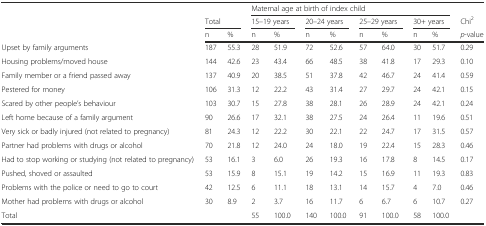
<table><thead><tr><td></td><td></td><td></td><td colspan="8"><b>Maternal age at birth of index child</b></td><td></td></tr><tr><td rowspan="2"></td><td colspan="2"><b>Total</b></td><td colspan="2"><b>15–19 years</b></td><td colspan="2"><b>20–24 years</b></td><td colspan="2"><b>25–29 years</b></td><td colspan="2"><b>30+ years</b></td><td><b>Chi<sup>2</sup></b></td></tr><tr><td><b>n</b></td><td><b>%</b></td><td><b>n</b></td><td><b>%</b></td><td><b>n</b></td><td><b>%</b></td><td><b>n</b></td><td><b>%</b></td><td><b>n</b></td><td><b>%</b></td><td><b><i>p</i>-value</b></td></tr></thead><tbody><tr><td>Upset by family arguments</td><td>187</td><td>55.3</td><td>28</td><td>51.9</td><td>72</td><td>52.6</td><td>57</td><td>64.0</td><td>30</td><td>51.7</td><td>0.29</td></tr><tr><td>Housing problems/moved house</td><td>144</td><td>42.6</td><td>23</td><td>43.4</td><td>66</td><td>48.5</td><td>38</td><td>41.8</td><td>17</td><td>29.3</td><td>0.10</td></tr><tr><td>Family member or a friend passed away</td><td>137</td><td>40.9</td><td>20</td><td>38.5</td><td>51</td><td>37.8</td><td>42</td><td>46.7</td><td>24</td><td>41.4</td><td>0.59</td></tr><tr><td>Pestered for money</td><td>106</td><td>31.3</td><td>12</td><td>22.2</td><td>43</td><td>31.4</td><td>27</td><td>29.7</td><td>24</td><td>42.1</td><td>0.15</td></tr><tr><td>Scared by other people’s behaviour</td><td>103</td><td>30.7</td><td>15</td><td>27.8</td><td>38</td><td>28.1</td><td>26</td><td>28.9</td><td>24</td><td>42.1</td><td>0.24</td></tr><tr><td>Left home because of a family argument</td><td>90</td><td>26.6</td><td>17</td><td>32.1</td><td>38</td><td>27.5</td><td>24</td><td>26.4</td><td>11</td><td>19.6</td><td>0.51</td></tr><tr><td>Very sick or badly injured (not related to pregnancy)</td><td>81</td><td>24.3</td><td>12</td><td>22.2</td><td>30</td><td>22.1</td><td>22</td><td>24.7</td><td>17</td><td>31.5</td><td>0.57</td></tr><tr><td>Partner had problems with drugs or alcohol</td><td>70</td><td>21.8</td><td>12</td><td>24.0</td><td>24</td><td>18.0</td><td>19</td><td>22.4</td><td>15</td><td>28.3</td><td>0.46</td></tr><tr><td>Had to stop working or studying (not related to pregnancy)</td><td>53</td><td>16.1</td><td>3</td><td>6.0</td><td>26</td><td>19.3</td><td>16</td><td>17.8</td><td>8</td><td>14.5</td><td>0.17</td></tr><tr><td>Pushed, shoved or assaulted</td><td>53</td><td>15.9</td><td>8</td><td>15.1</td><td>19</td><td>14.2</td><td>15</td><td>16.9</td><td>11</td><td>19.3</td><td>0.83</td></tr><tr><td>Problems with the police or need to go to court</td><td>42</td><td>12.5</td><td>6</td><td>11.1</td><td>18</td><td>13.1</td><td>14</td><td>15.7</td><td>4</td><td>7.0</td><td>0.46</td></tr><tr><td>Mother had problems with drugs or alcohol</td><td>30</td><td>8.9</td><td>2</td><td>3.7</td><td>16</td><td>11.7</td><td>6</td><td>6.7</td><td>6</td><td>10.7</td><td>0.27</td></tr><tr><td>Total</td><td></td><td></td><td>55</td><td>100.0</td><td>140</td><td>100.0</td><td>91</td><td>100.0</td><td>58</td><td>100.0</td><td></td></tr></tbody></table>